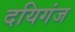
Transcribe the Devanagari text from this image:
दयिगंज